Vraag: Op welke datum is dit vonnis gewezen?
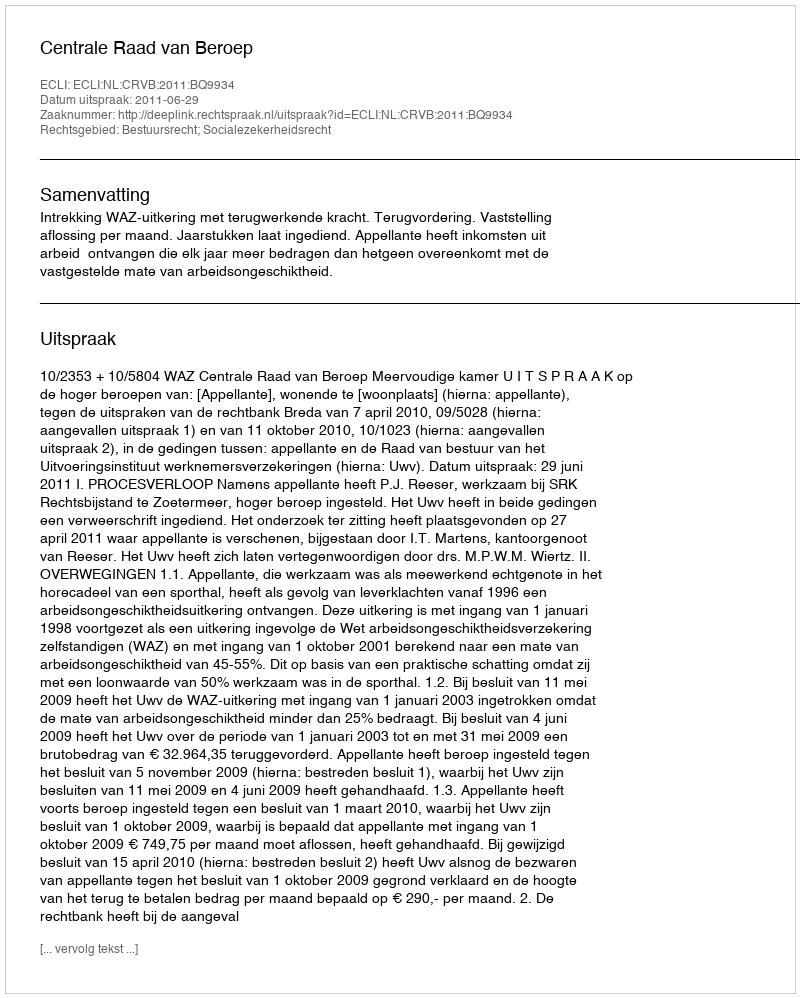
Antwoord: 2011-06-29